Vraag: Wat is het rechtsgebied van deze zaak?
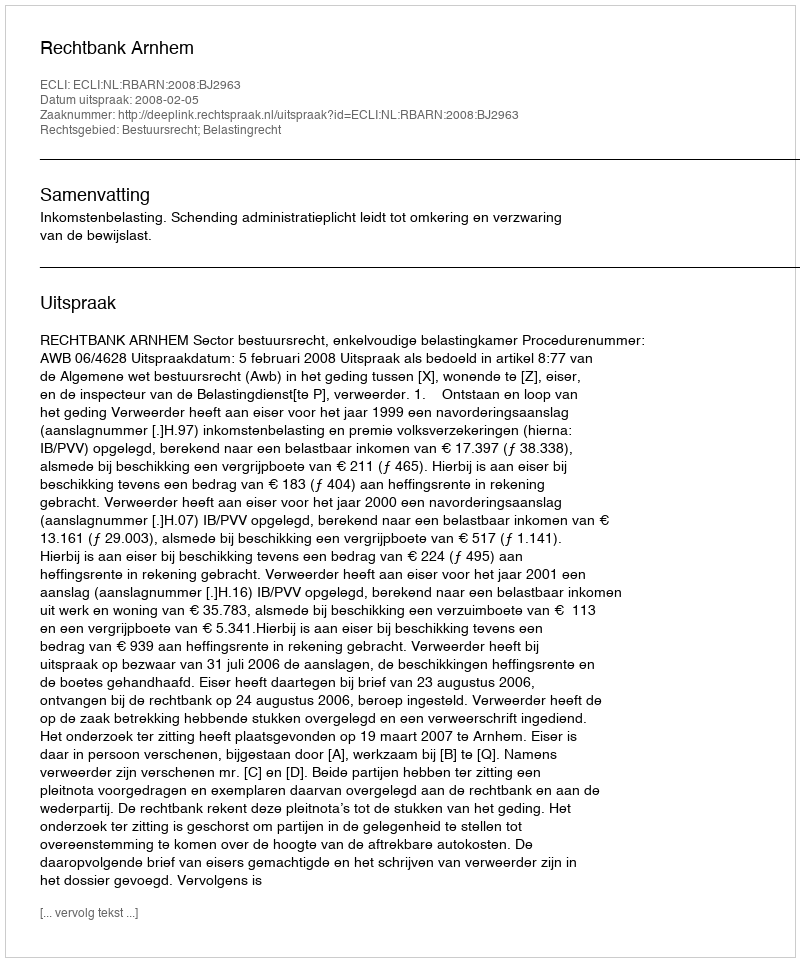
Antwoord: Bestuursrecht; Belastingrecht